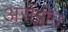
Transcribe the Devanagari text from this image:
असेंब्लीत